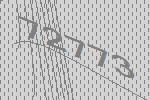
72773